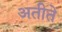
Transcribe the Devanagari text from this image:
अतीते